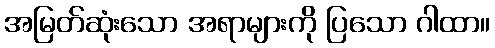
အမြတ်ဆုံးသော အရာများကို ပြသော ဂါထာ။